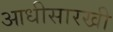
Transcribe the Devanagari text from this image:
आधीसारखी